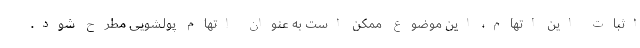
اثبات این اتهام، این موضوع ممکن است به عنوان اتهام پولشویی مطرح شود.